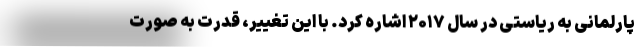
پارلمانی به ریاستی در سال ۲۰۱۷ اشاره کرد. با این تغییر، قدرت به صورت